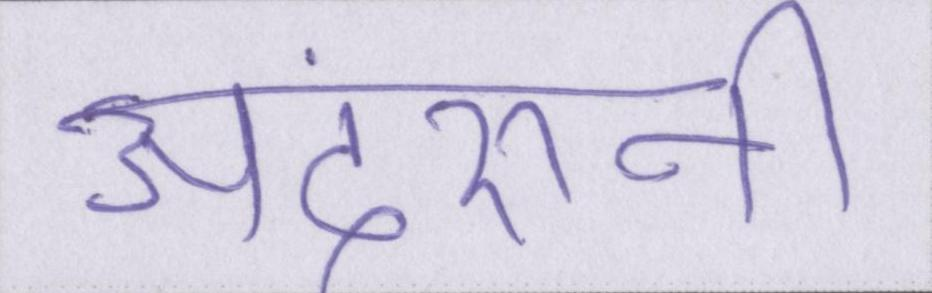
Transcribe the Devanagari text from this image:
अंदरूनी